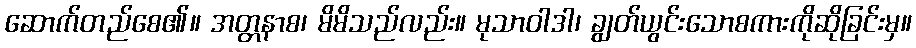
ဆောက်တည်စေ၏။ အတ္တနာစ၊ မိမိသည်လည်း။ မုသာဝါဒါ၊ ချွတ်ယွင်းသောစကားကိုဆိုခြင်းမှ။